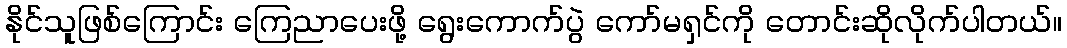
နိုင်သူဖြစ်ကြောင်း ကြေညာပေးဖို့ ရွေးကောက်ပွဲ ကော်မရှင်ကို တောင်းဆိုလိုက်ပါတယ်။